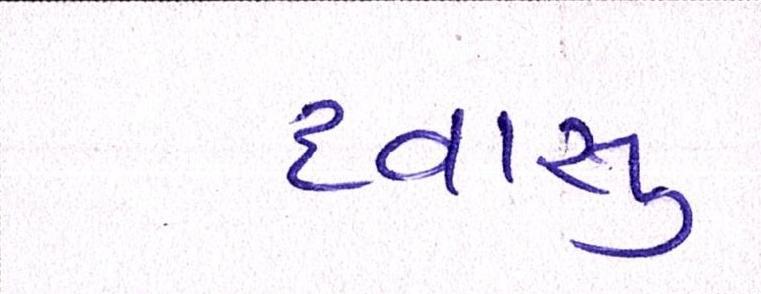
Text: દવાસુ